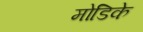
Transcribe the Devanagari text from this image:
मोडिके